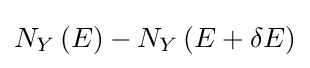
N_{Y}\left(E\right)-N_{Y}\left(E+\delta E\right)